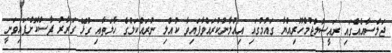
ޖަލްސާއެއްގައި ރައީސުލްޖުމްހޫރިއްޔާ ގައުމުގައި އިއުލާނުކުރައްވާފައިވާ ކުއްލި ނުރައްކަލުގެ ހާލަތާއި ގުޅޭ ގަރާރު ފާސްކޮށްފައިވަނީ